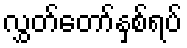
လွှတ်တော်နှစ်ရပ်